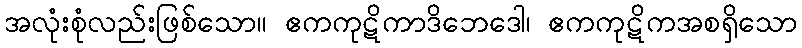
အလုံးစုံလည်းဖြစ်သော။ ဧကကုဋိကာဒိဘေဒေါ၊ ဧကကုဋိကအစရှိသော